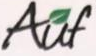
Auf